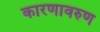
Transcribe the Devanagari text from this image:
कारणावरुण